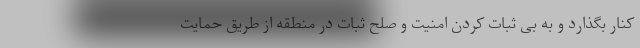
کنار بگذارد و به بی ثبات کردن امنیت و صلح ثبات در منطقه از طریق حمایت